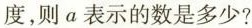
度，则a表示的数是多少?